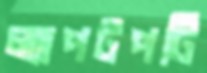
ল্যাপটপটি